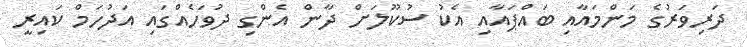
ދަރިވަރުގެ މަންމައާއި ބައްޕައާއި އެކު ސުކޫލަށް ދާން އެންގި ދުވަހެއްގައި އަދުހަމް ކައިރީ